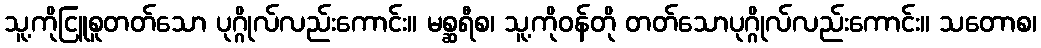
သူ့ကိုငြူစူတတ်သော ပုဂ္ဂိုလ်လည်းကောင်း။ မစ္ဆရီစ၊ သူ့ကိုဝန်တို တတ်သောပုဂ္ဂိုလ်လည်းကောင်း။ သတောစ၊